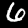
Label: 6